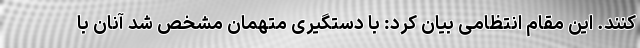
کنند. این مقام انتظامی بیان کرد: با دستگیری متهمان مشخص شد آنان با